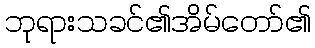
ဘုရားသခင်၏အိမ်တော်၏